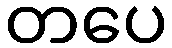
တပေ